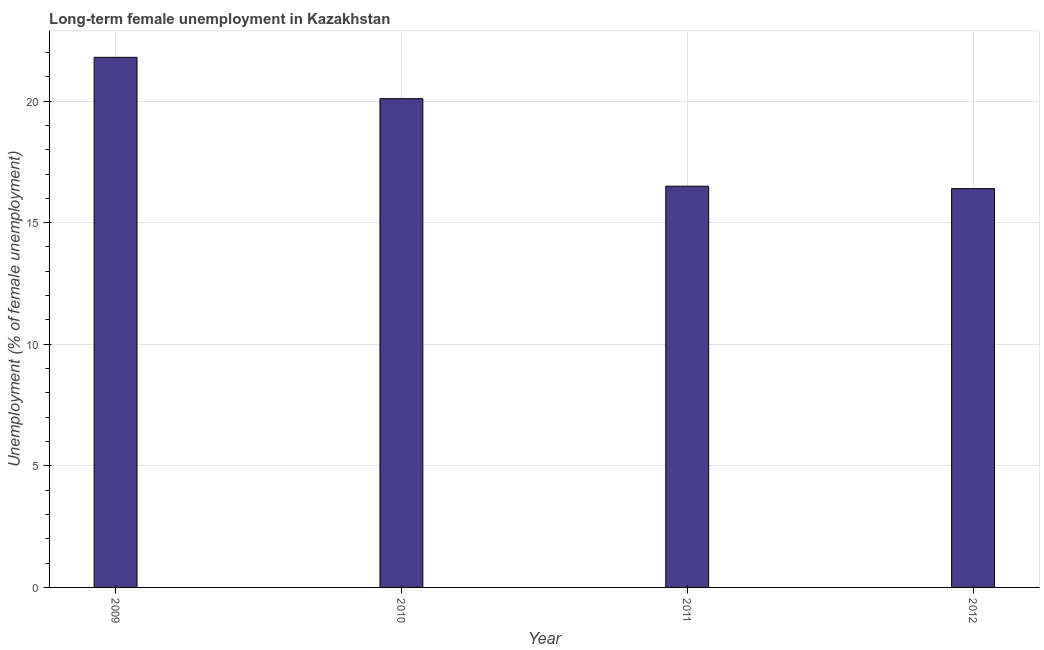
| Year | Long-term unemployment female |
 | --- | --- |
 | 2009 | 21.8 |
 | 2010 | 20.1 |
 | 2011 | 16.5 |
 | 2012 | 16.4 |